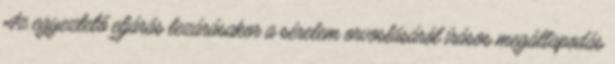
Az egyeztető eljárás lezárásakor a sérelem orvoslásáról írásos megállapodás